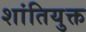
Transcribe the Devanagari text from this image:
शांतियुक्त